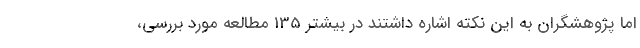
اما پژوهشگران به این نکته اشاره داشتند در بیشتر 135 مطالعه مورد بررسی،